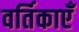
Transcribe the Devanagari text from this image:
वर्तिकाएँ